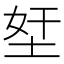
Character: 𡋖